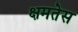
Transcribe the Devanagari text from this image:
क्षमतेस